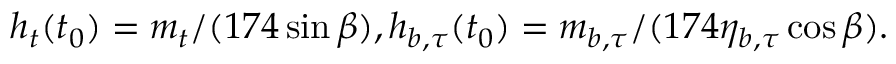
h _ { t } ( t _ { 0 } ) = m _ { t } / ( 1 7 4 \sin \beta ) , h _ { b , \tau } ( t _ { 0 } ) = m _ { b , \tau } / ( 1 7 4 \eta _ { b , \tau } \cos \beta ) .